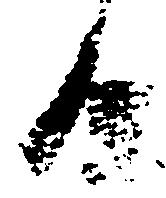
日